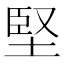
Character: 堅